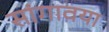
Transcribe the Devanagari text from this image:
सांगावया